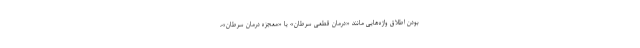
بودن اطلاق واژه‌هایی مانند «درمان قطعی سرطان» یا «معجزه‌ درمان سرطان»،